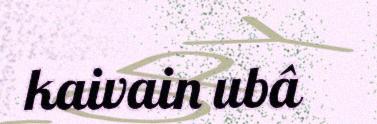
kaivain ubâ